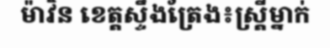
ម៉ាវិន ខេត្តស្ទឹងត្រែង៖ស្ត្រីម្នាក់